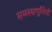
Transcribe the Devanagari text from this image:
समस्यापूर्तियों